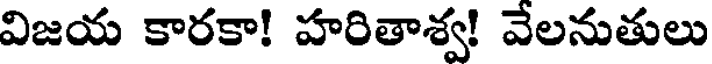
విజయ కారకా! హరితాశ్వ! వేలనుతులు